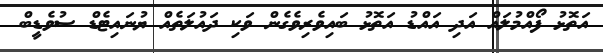
އަތޮޅު ފޯއްމުލައް އަދި އައްޑު އަތޮޅު ބައިވެރިވެގެން ވަކި ދައުލަތެއް ޔުނައިޓެޑް ސުވެޑީބް